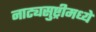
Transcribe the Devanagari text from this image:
नाट्यसुष्ट्रीमध्ये